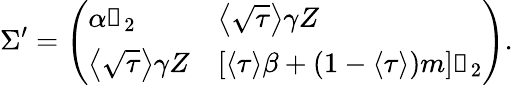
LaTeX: \Sigma^{\prime}=\left(\begin{array}{ll}{\alpha\mathbb{1}_{2}}&{\left\langle\sqrt{\tau}\right\rangle\gamma Z}\\ {\left\langle\sqrt{\tau}\right\rangle\gamma Z}&{\left[\langle\tau\rangle\beta+\left(1-\langle\tau\rangle\right)m\right]\mathbb{1}_{2}}\end{array}\right).